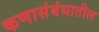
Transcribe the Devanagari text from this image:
कणासंबंधातील